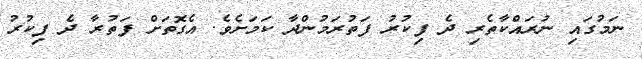
ނަމުގައި ނުރައްކާތެރި ދެ ފިކުރު ފަތުރަމުންދާ ކަމަށެވެ. އެގޮތަށް ފަތުރާ ދެ ފިކުރު